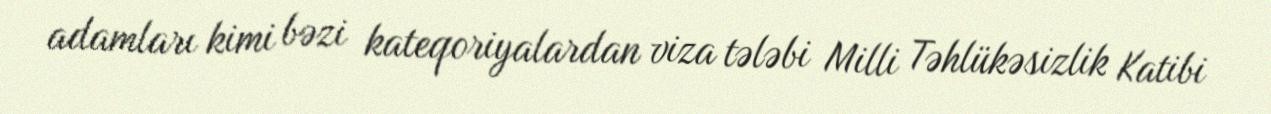
adamları kimi bəzi kateqoriyalardan viza tələbi Milli Təhlükəsizlik Katibi